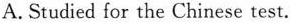
A.Studied for the Chinese test.